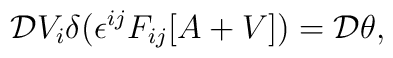
{\cal D}V_i \delta(\epsilon^{ij}F_{ij}[A+V])={\cal D}\theta,